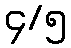
၄/၅